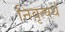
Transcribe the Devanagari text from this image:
निवृत्यर्थ